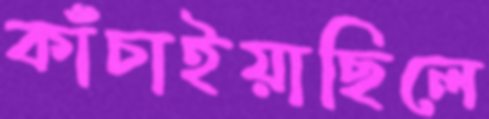
কাঁচাইয়াছিলে